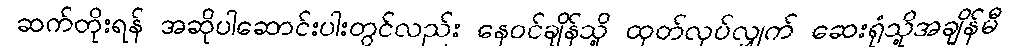
ဆက်တိုးရန် အဆိုပါဆောင်းပါးတွင်လည်း နေဝင်ချိန်သို့ ထုတ်လုပ်လျှက် ဆေးရုံသို့အချိန်မီ